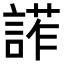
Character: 𧩳